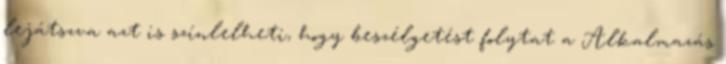
lejátszva azt is színlelheti, hogy beszélgetést folytat a Alkalmazás